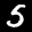
Label: 5